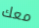
معك